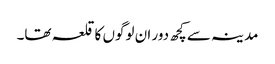
مدینہ سے کچھ دور ان لوگوں کا قلعہ تھا۔